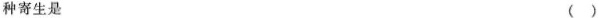
种寄生是 ( )